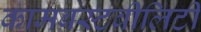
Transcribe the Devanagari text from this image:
कामबस्टबीलिटी